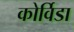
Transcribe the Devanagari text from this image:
कोर्विडा